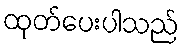
ထုတ်ပေးပါသည်